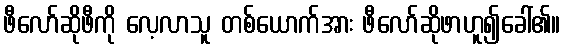
ဖီလော်ဆိုဖီကို လေ့လာသူ တစ်ယောက်အား ဖီလော်ဆိုဖာဟူ၍ခေါ်၏။